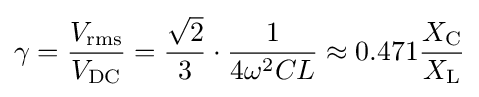
\gamma ={\frac {V_{\mathrm {rms} }}{V_{\mathrm {DC} }}}={\frac {\sqrt {2}}{3}}\cdot {\frac {1}{4\omega ^{2}CL}}\approx 0.471{\frac {X_{\mathrm {C} }}{X_{\mathrm {L} }}}